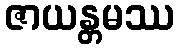
ဇာယန္တမဿ